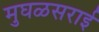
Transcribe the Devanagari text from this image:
मुघळसराई